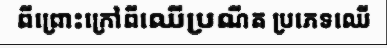
ពីព្រោះក្រៅពីឈើប្រណីត ប្រភេទឈើ